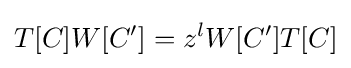
T[C]W[C']=z^{l}W[C']T[C]